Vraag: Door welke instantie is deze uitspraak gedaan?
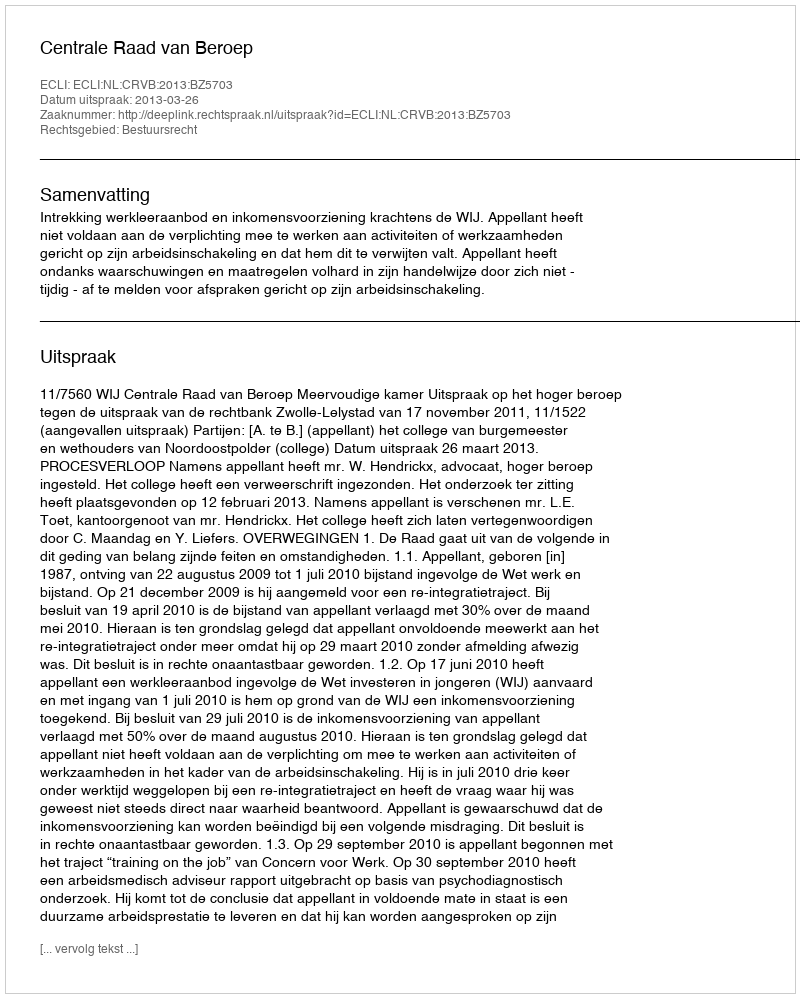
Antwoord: Centrale Raad van Beroep